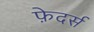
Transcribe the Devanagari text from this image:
फ़ेदर्स